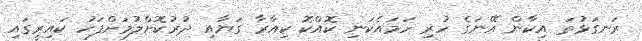
ރަނގަޅުތަ އިކާން އޭނަގެ ހުރި ހަމައެކަނި ކޮއްކޮ ކިއާރާ ގަޔާއި ދުރުކޮށްލުމަށްފަހު ކައިރީގައި